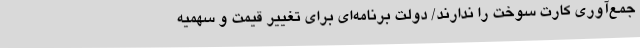
جمع‌آوری کارت سوخت را ندارند/ دولت برنامه‌ای برای تغییر قیمت و سهمیه